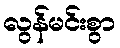
လွန်မင်းစွာ